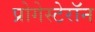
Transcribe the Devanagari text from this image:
प्रोगेस्टेरॉन